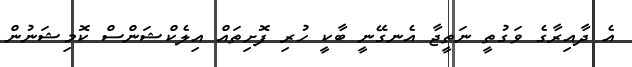
އެ ދާއިރާގެ ވަގުތީ ނަތީޖާ އެނގޭނީ ބާކީ ހުރި ފޮށިތައް އިލެކްޝަންސް ކޮމިޝަނުން